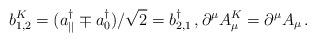
LaTeX: \begin{align*}b_{1,2}^K = ( a_{||}^\dagger \mp a_0^\dagger)/\sqrt{2} = b_{2,1}^\dagger \, , \partial^\mu A_\mu^K = \partial^\mu A_\mu \, .\end{align*}